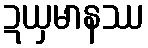
ဍယှမာနဿ